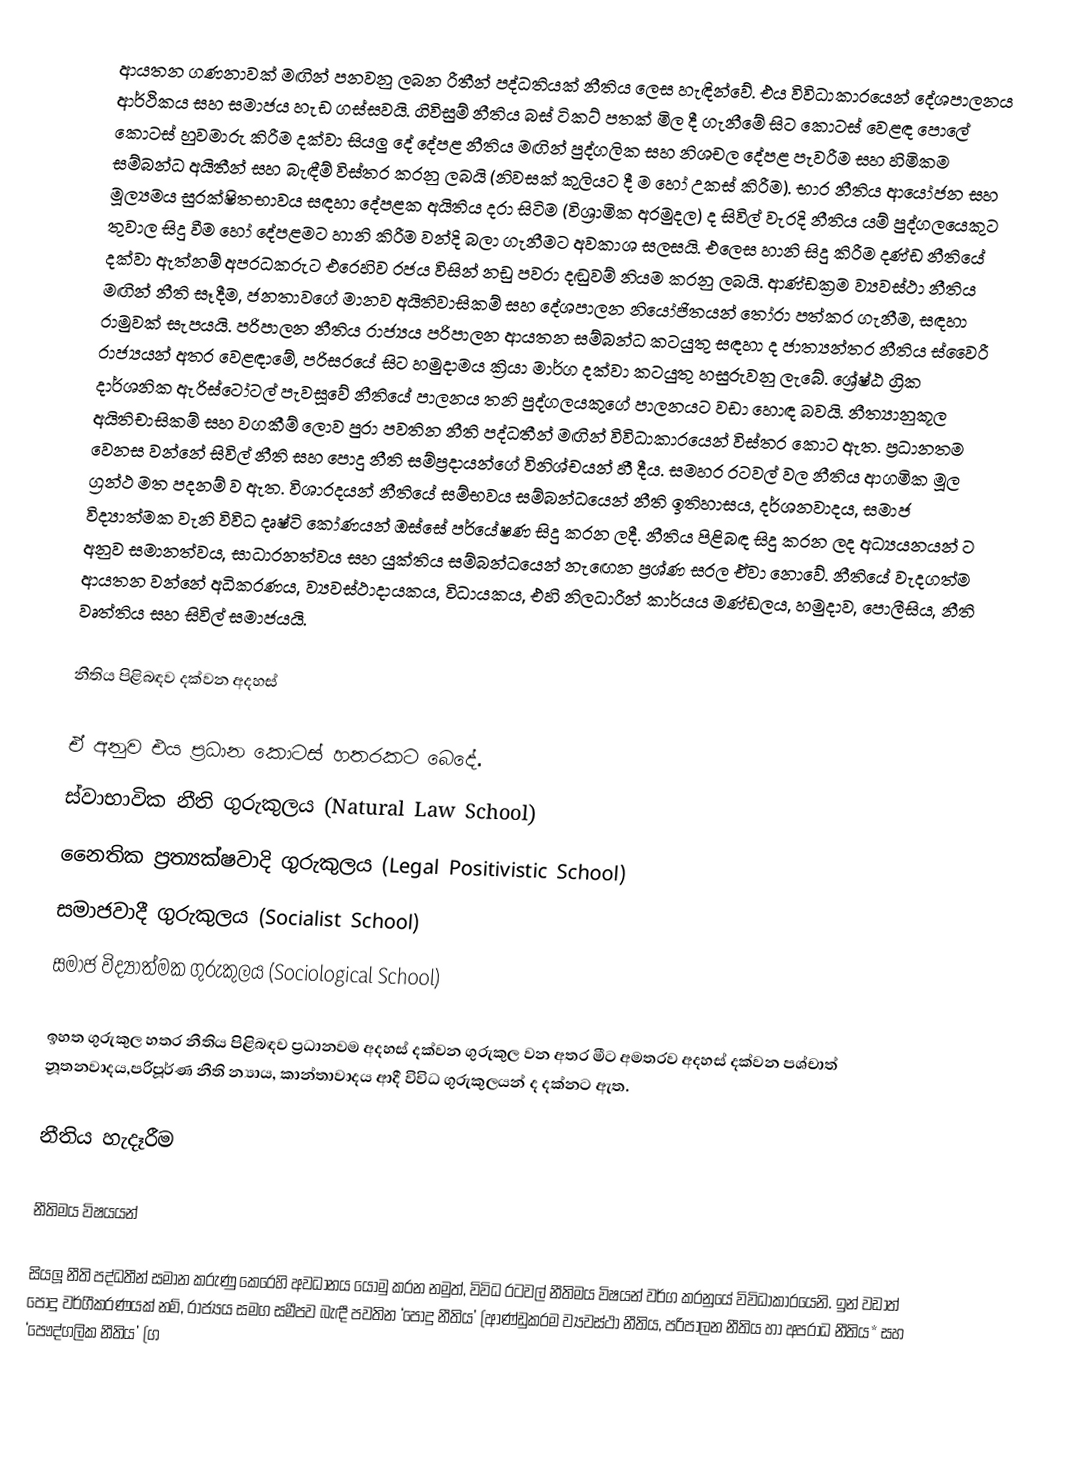
ආයතන ගණනාවක් මඟින් පනවනු ලබන රීතීන් පද්ධතියක් නීතිය ලෙස හැඳින්වේ. එය විවිධාකාරයෙන් දේශපාලනය ආර්ථිකය සහ සමාජය හැඩ ගස්සවයි. ගිවිසුම් නීතිය බස් ටිකට් පතක් මිල දී ගැනීමේ සිට කොටස් වෙළඳ පොලේ කොටස් හුවමාරු කිරීම දක්වා සියලු දේ දේපළ නීතිය මඟින් පුද්ගලික සහ නිශචල දේපළ පැවරීම සහ හිමිකම සම්බන්ධ අයිතීන් සහ බැඳීම් විස්තර කරනු ලබයි (නිවසක් කුලියට දී ම හෝ උකස් කිරීම). භාර නීතිය ආයෝජන සහ මූල්‍යමය සුරක්ෂිතභාවය සඳහා දේපළක අයිතිය දරා සිටිම (විශ්‍රාමික අරමුදල) ද සිවිල් වැරදි නීතිය යම් පුද්ගලයෙකුට තුවාල සිදු වීම හෝ දේපළමට හානි කිරීම වන්දි බලා ගැනීමට අවකාශ සලසයි. එලෙස හානි සිදු කිරීම දණ්ඩ  නීතියේ දක්වා ඇත්නම් අපරධකරුට එරෙහිව රජය විසින් නඩු පවරා දඬුවම් නියම කරනු ලබයි. ආණ්ඩක්‍රම ව්‍යවස්ථා නීතිය මඟින් නීති සෑදීම, ජනතාවගේ මානව අයිතිවාසිකම් සහ දේශපාලන නියෝජිතයන් තෝරා පත්කර ගැනීම, සඳහා රාමුවක් සැපයයි. පරිපාලන නීතිය රාජ්‍යය පරිපාලන ආයතන සම්බන්ධ කටයුතු සඳහා ද ජාත්‍යන්තර නීතිය ස්වෛරී රාජ්‍යයන් අතර වෙළඳාමේ, පරිසරයේ සිට හමුදාමය ක්‍රියා මාර්ග දක්වා කටයුතු හසුරුවනු ලැබේ. ශ්‍රේෂ්ඨ ග්‍රික දාර්ශනික ඇරිස්ටෝටල් පැවසූවේ නීතියේ පාලනය තනි පුද්ගලයකුගේ පාලනයට වඩා හොඳ බවයි. නීත්‍යානුකූල අයිතිචාසිකම් සහ වගකීම් ලොව පුරා පවතින නීති පද්ධතීන් මඟින් විවිධාකාරයෙන් විස්තර කොට ඇත. ප්‍රධානතම වෙනස වන්නේ සිවිල් නීති සහ පොදු නීති සම්ප්‍රදායන්ගේ විනිශ්චයන් හී දීය. සමහර රටවල් වල නීතිය ආගමික මූල ග්‍රන්ථ මත පදනම් ව ඇත. විශාරදයන් නීතියේ සම්භවය සම්බන්ධයෙන් නීති ඉතිහාසය, දර්ශනවාදය, සමාජ විද්‍යාත්මක වැනි විවිධ දෘෂ්ටි කෝණයන් ඔස්සේ පර්යේෂණ සිදු කරන ලදී. නීතිය පිළිබඳ සිදු කරන ලද අධ්‍යයනයන් ට අනුව සමානත්වය, සාධාරනත්වය සහ යුක්තිය සම්බන්ධයෙන් නැඟෙන ප්‍රශ්ණ සරල ඒවා නොවේ. නීතියේ වැදගත්ම ආයතන වන්නේ අධිකරණය, ව්‍යවස්ථාදායකය, විධායකය, එහි නිලධාරීන් කාර්යය මණ්ඩලය, හමුදාව, පොලීසිය, නීති වෘත්තිය සහ සිවිල් සමාජයයි.

නීතිය පිළිබඳව දක්වන අදහස්

ඒ අනුව එය ප්‍රධාන කොටස් හතරකට බෙදේ.
 ස්වාභාවික නීති ගුරුකුලය (Natural Law School)
 නෛතික ප්‍රත්‍යක්ෂවාදි ගුරුකුලය (Legal Positivistic School)
 සමාජවාදී ගුරුකුලය (Socialist School)
 සමාජ විද්‍යාත්මක ගුරුකුලය (Sociological School)

ඉහත ගුරුකුල හතර නීතිය පිළිබඳව ප්‍රධානවම අදහස් දක්වන ගුරුකුල වන අතර මීට අමතරව අදහස් දක්වන පශ්චාත් නූතනවාදය,පරිපූර්ණ නීති න්‍යාය, කාන්තාවාදය ආදී විවිධ ගුරුකුලයන් ද දක්නට ඇත.

නීතිය හැදෑරීම

නීතිමය විෂයයන්

සියලූ නීති පද්ධතීන් සමාන කරුණු කෙරෙහි අවධානය යොමු කරන නමුත්, විවිධ රටවල් නීතිමය විෂයන් වර්ග කරනුයේ විවිධාකාරයෙනි. ඉන් වඩාත් පොදු වර්ගීකරණයක් නම්, රාජ්‍යය සමග සමීපව බැඳී පවතින ‘පොදු නීතිය’ (ආණ්ඩුක‍්‍රම ව්‍යවස්ථා නීතිය, පරිපාලන නීතිය හා අපරාධ නීතිය* සහ ‘පෞද්ගලික නීතිය’ (ග